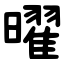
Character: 曜